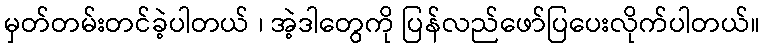
မှတ်တမ်းတင်ခဲ့ပါတယ် ၊ အဲ့ဒါတွေကို ပြန်လည်ဖော်ပြပေးလိုက်ပါတယ်။